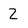
Character: 2